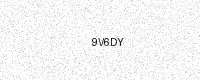
Text: 9V6DY